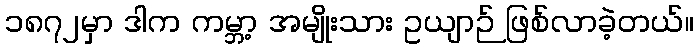
၁၈၇၂မှာ ဒါက ကမ္ဘာ့ အမျိုးသား ဥယျာဉ် ဖြစ်လာခဲ့တယ်။